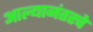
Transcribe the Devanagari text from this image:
आल्यानंतरचे